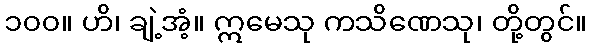
၁၀၀။ ဟိ၊ ချဲ့အံ့။ ဣမေသု ကသိဏေသု၊ တို့တွင်။